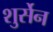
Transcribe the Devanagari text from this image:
शुर्सेन